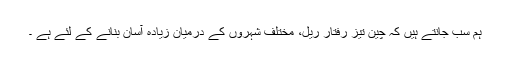
ہم سب جانتے ہیں کہ چین تیز رفتار ریل، مختلف شہروں کے درمیان زیادہ آسان بنانے کے لئے ہے ۔